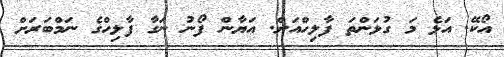
އޯކޭ. އަޅެ މަ ގުޅަންތަ ފާލިހްއަށް. އަޔާން ފޯނު ނަގާ ފާލިހްގެ ނަމްބަރަށް